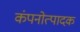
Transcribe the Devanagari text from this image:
कंपनोत्पादक